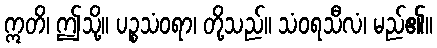
ဣတိ၊ ဤသို့။ ပဉ္စသံဝရာ၊ တို့သည်။ သံဝရသီလံ၊ မည်၏။